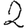
Digit: 2